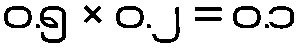
၀.၅ × ၀.၂ = ၀.၁